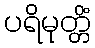
ပရိမုတ္တိံ